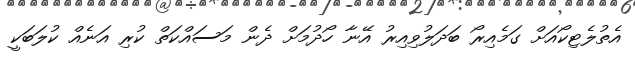
އެތުލެޓިކޯއަށް ގަމެއިރޯ ބަދަލުވިއިރު އޭނާ ހޯދުމަށް ދެން މަސައްކަތް ކުރި އަނެއް ކުލަބަކީ